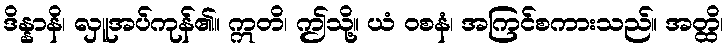
ဒိန္နာနိ၊ လှူအပ်ကုန်၏။ ဣတိ၊ ဤသို့။ ယံ ဝစနံ၊ အကြင်စကားသည်။ အတ္ထိ၊